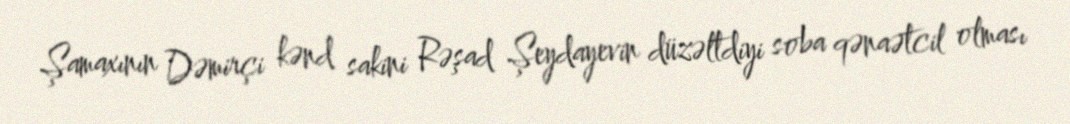
Şamaxının Dəmirçi kənd sakini Rəşad Şeydayevin düzəltdiyi soba qənaətcil olması